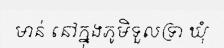
មាន់ នៅក្នុងភូមិទួលទ្រា ឃុំ